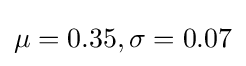
\mu =0.35,\sigma =0.07